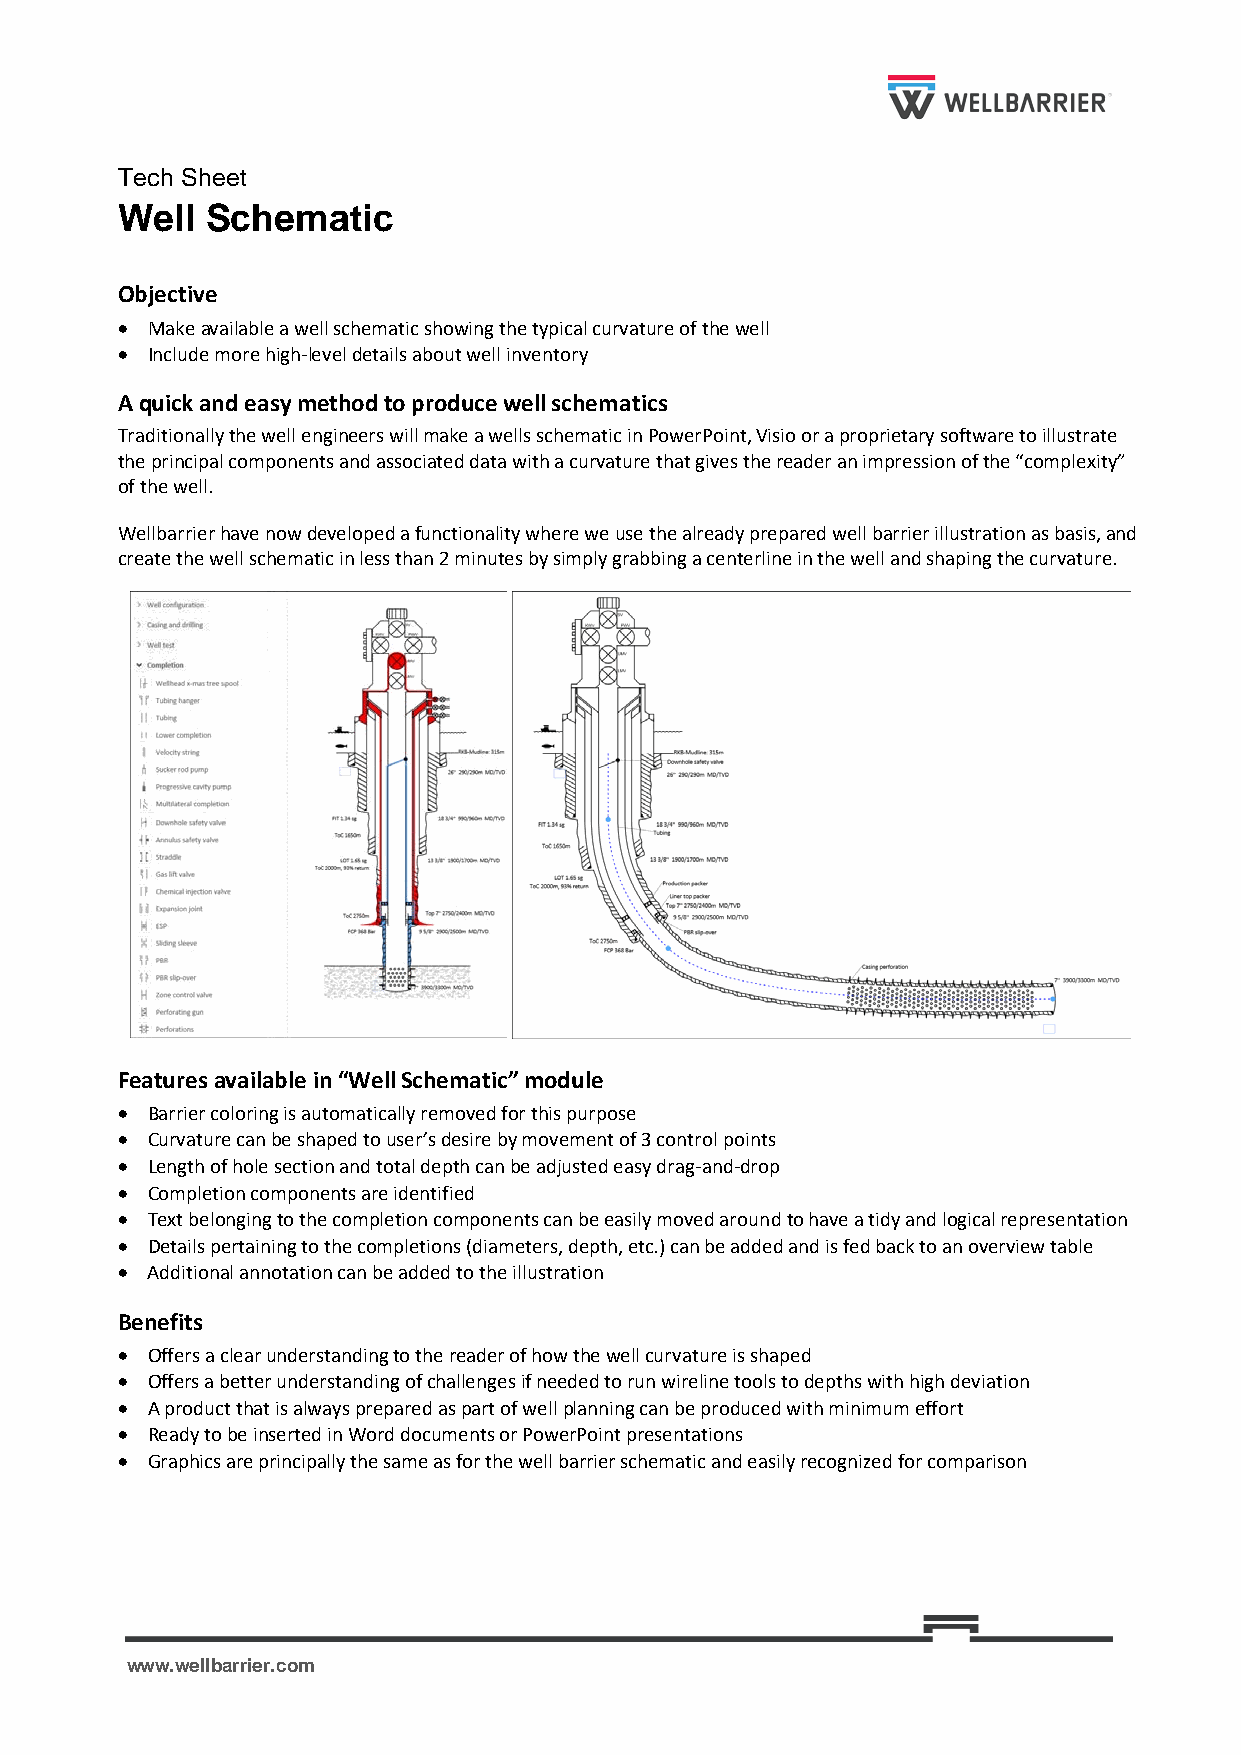
Tech Sheet
 Well  Schematic
 Objective
 • Make available a well schematic showing the typical curvature of the well
 • Include more high-level details about well inventory
 A quick and easy method to produce well schematics
 Traditionally the well engineers will make a wells schematic in PowerPoint, Visio or a proprietary software to illustrate
 the principal components and associated data with a curvature that gives the reader an impression of the “complexity”
 of the well.
 Wellbarrier have now developed a functionality where we use the already prepared well barrier illustration as basis, and
 create the well schematic in less than 2 minutes by simply grabbing a centerline in the well and shaping the curvature.
 Features available in “Well Schematic” module
 • Barrier coloring is automatically removed for this purpose
 • Curvature can be shaped to user’s desire by movement of 3 control points
 • Length of hole section and total depth can be adjusted easy drag-and-drop
 • Completion components are identified
 • Text belonging to the completion components can be easily moved around to have a tidy and logical representation
 • Details pertaining to the completions (diameters, depth, etc.) can be added and is fed back to an overview table
 • Additional annotation can be added to the illustration
 Benefits
 • Offers a clear understanding to the reader of how the well curvature is shaped
 • Offers a better understanding of challenges if needed to run wireline tools to depths with high deviation
 • A product that is always prepared as part of well planning can be produced with minimum effort
 • Ready to be inserted in Word documents or PowerPoint presentations
 • Graphics are principally the same as for the well barrier schematic and easily recognized for comparison
 www.wellbarrier.com